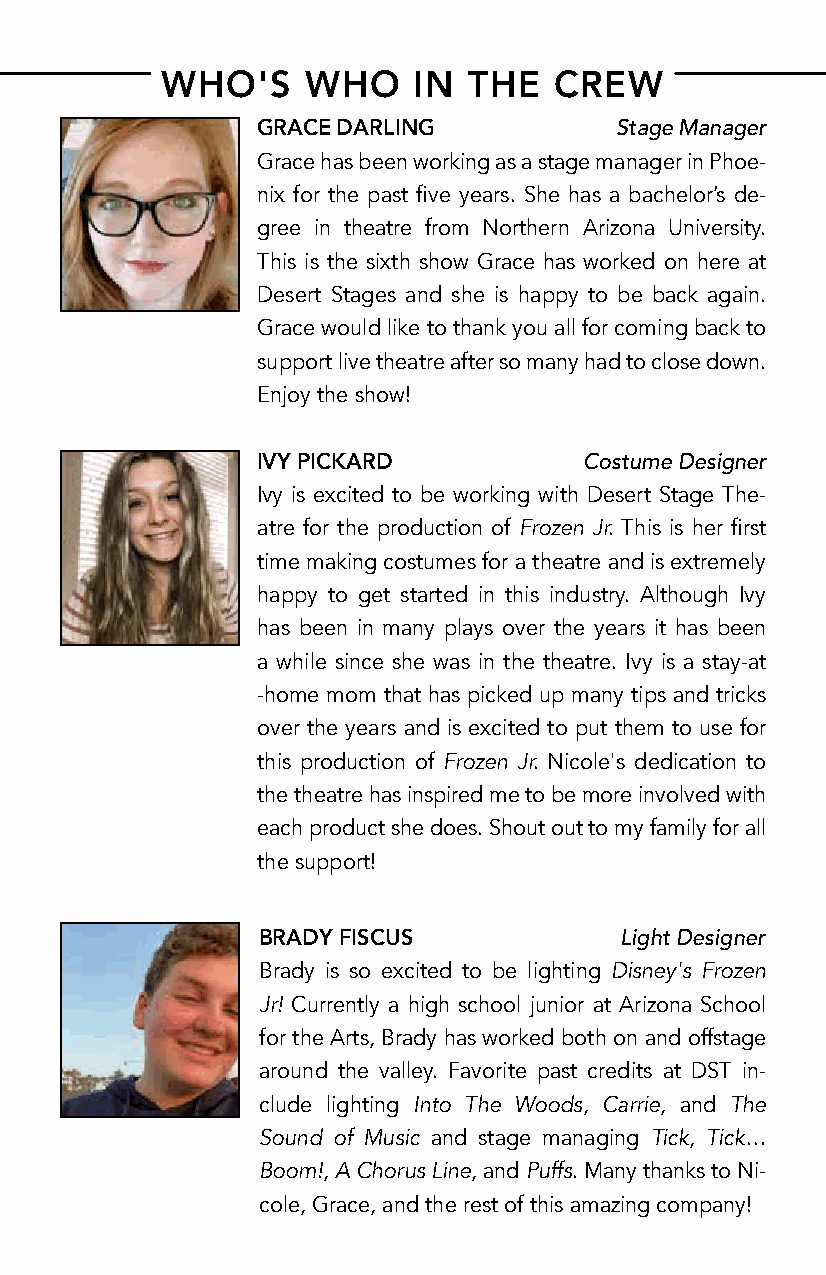
WHO'S    WHO    IN  THE   CREW
 GRACE DARLING           Stage Manager
 Grace has been working as a stage manager in Phoe-
 nix for the past five years. She has a bachelor’s de-
 gree in theatre from Northern Arizona University.
 This is the sixth show Grace has worked on here at
 Desert Stages and she is happy to be back again.
 Grace would like to thank you all for coming back to
 support live theatre after so many had to close down.
 Enjoy the show!
 IVY PICKARD           Costume Designer
 Ivy is excited to be working with Desert Stage The-
 atre for the production of Frozen Jr. This is her first
 time making costumes for a theatre and is extremely
 happy to get started in this industry. Although Ivy
 has been in many plays over the years it has been
 a while since she was in the theatre. Ivy is a stay-at
 -home mom that has picked up many tips and tricks
 over the years and is excited to put them to use for
 this production of Frozen Jr. Nicole's dedication to
 the theatre has inspired me to be more involved with
 each product she does. Shout out to my family for all
 the support!
 BRADY FISCUS            Light Designer
 Brady is so excited to be lighting Disney's Frozen
 Jr! Currently a high school junior at Arizona School
 for the Arts, Brady has worked both on and offstage
 around the valley. Favorite past credits at DST in-
 clude lighting Into The Woods, Carrie, and The
 Sound of Music and stage managing Tick, Tick…
 Boom!, A Chorus Line, and Puffs. Many thanks to Ni-
 cole, Grace, and the rest of this amazing company!